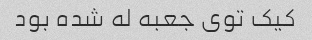
کیک توی جعبه له شده بود